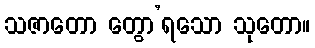
သဇာတော တွော’ရသော သုတော။